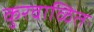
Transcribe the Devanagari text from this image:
कुरवाळित